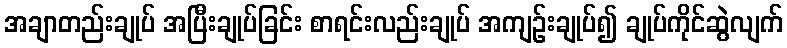
အချာတည်းချုပ် အပြီးချုပ်ခြင်း စာရင်းလည်းချုပ် အကျဉ်းချုပ်၍ ချုပ်ကိုင်ဆွဲလျက်